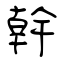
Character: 幹